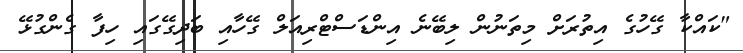
"ކައްކާ ގޭހުގެ އިތުރަށް މިތަނުން ލިބޭނެ އިންޑަސްޓްރިއަލް ގޭހާއި ބަދިގޭގައި ހިފާ ގެންގުޅޭ